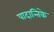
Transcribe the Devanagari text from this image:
पादान्तिके